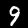
Label: 9